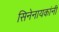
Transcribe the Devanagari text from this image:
सिनेनायकांनी